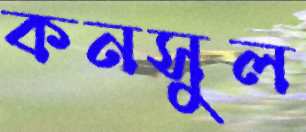
কনসুল